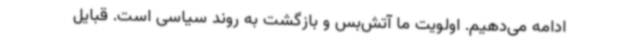
ادامه می‌دهیم. اولویت ما آتش‌بس و بازگشت به روند سیاسی است. قبایل